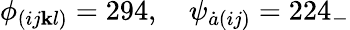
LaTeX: \phi_{(ij\mathbf{k}l)}=294,\quad\psi_{\dot{{a}}(ij)}=224_{-}